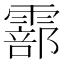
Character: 𩅇